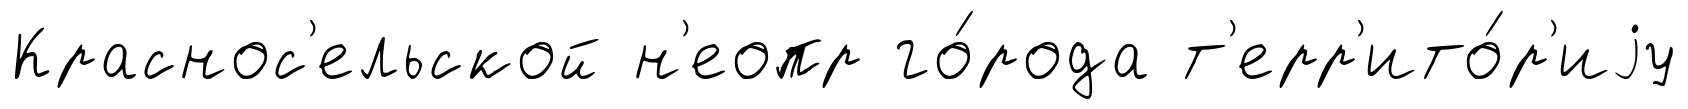
Краснос'ельской н'еопр го́рода т'ерр'ито́р'иjу